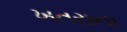
ખતરાના